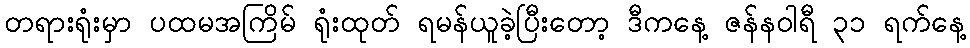
တရားရုံးမှာ ပထမအကြိမ် ရုံးထုတ် ရမန်ယူခဲ့ပြီးတော့ ဒီကနေ့ ဇန်နဝါရီ ၃၁ ရက်နေ့